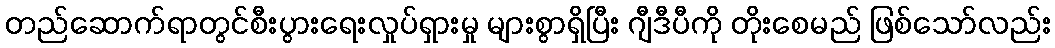
တည်ဆောက်ရာတွင်စီးပွားရေးလှုပ်ရှားမှု များစွာရှိပြီး ဂျီဒီပီကို တိုးစေမည် ဖြစ်သော်လည်း